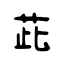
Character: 茈